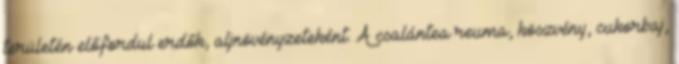
területén előfordul erdők, aljnövényzeteként. A csalántea reuma, köszvény, cukorbaj,